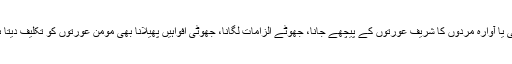
زانی یا آوارہ مردوں کا شریف عورتوں کے پیچھے جانا، جھوٹے الزامات لگانا، جھوٹی افواہیں پھیلانا بھی مومن عورتوں کو تکلیف دیتا ہے۔